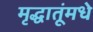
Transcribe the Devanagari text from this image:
मृद्धातूंमधे